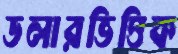
ডলারভিত্তিক